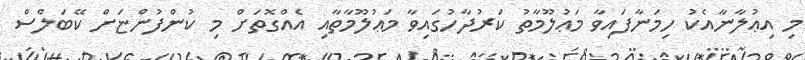
މި އިޢުލާނާއެކު ހިމަނާފައިވާ މަޢުލޫމާތު ކަރުދާހުގައިވާ މަޢުލޫމާތާއި އެއްގޮތަށް މި ކުންފުންޏަށް ކޭބަލްސް